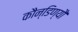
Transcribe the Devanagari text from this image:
कौन्डिण्यौ